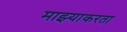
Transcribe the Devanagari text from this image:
माझ्याकरता